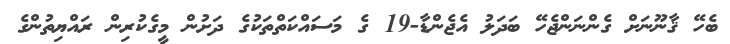
ބެހޭ ޤާނޫނަށް ގެންނަންޖެހޭ ބަދަލު އެޖެންޑާ-19 ގެ މަސައްކަތްތަކުގެ ދަށުން މީގެކުރިން ރައްޔިތުންގެ